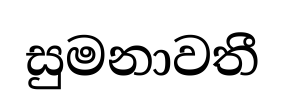
සුමනාවතී